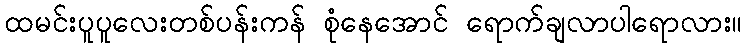
ထမင်းပူပူလေးတစ်ပန်းကန် စုံနေအောင် ရောက်ချလာပါရောလား။